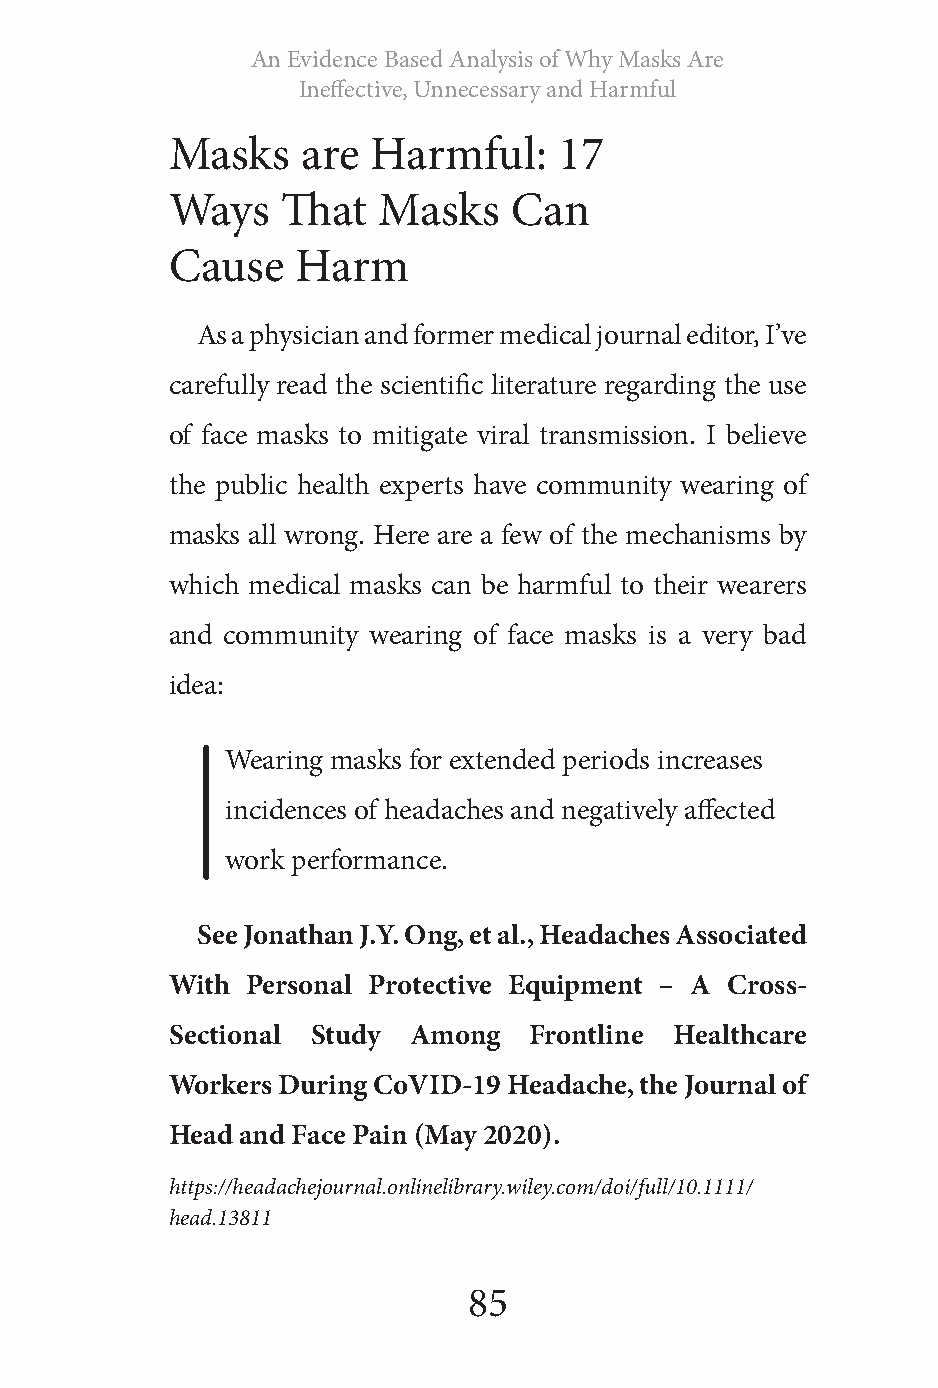
An Evidence Based Analysis of Why Masks Are
 Ineffective, Unnecessary and Harmful
 Masks    are  Harmful:    17
 Ways    That  Masks    Can
 Cause    Harm
 As a physician and former medical journal editor, I’ve
 carefully read the scientific literature regarding the use
 of face masks to mitigate viral transmission. I believe
 the public health experts have community wearing of
 masks all wrong. Here are a few of the mechanisms by
 which medical masks can be harmful to their wearers
 and community wearing of face masks is a very bad
 idea:
 Wearing masks for extended periods increases
 incidences of headaches and negatively affected
 work performance.
 See Jonathan J.Y. Ong, et al., Headaches Associated
 With Personal Protective Equipment – A Cross‐
 Sectional Study Among   Frontline Healthcare
 Workers During CoVID‐19 Headache, the Journal of
 Head and Face Pain (May 2020).
 https://headachejournal.onlinelibrary.wiley.com/doi/full/10.1111/
 head.13811
 85